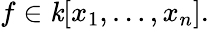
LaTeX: f\in\mathit{k}[x_{1},\ldots,x_{n}].